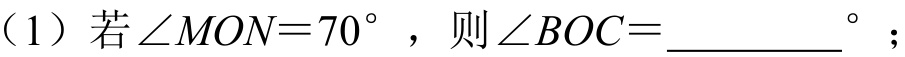
（1）若\(\angle MON = 70^{\circ}\)，则\(\angle BOC=\underline{\quad\quad}^{\circ}\)；